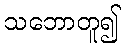
သဘောတူ၍